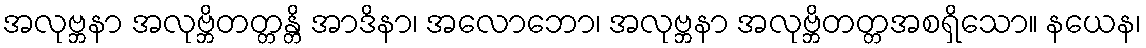
အလုဗ္ဘနာ အလုဗ္ဘိတတ္တန္တိ အာဒိနာ၊ အလောဘော၊ အလုဗ္ဘနာ အလုဗ္ဘိတတ္တအစရှိသော။ နယေန၊